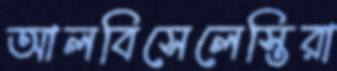
আলবিসেলেস্তিরা